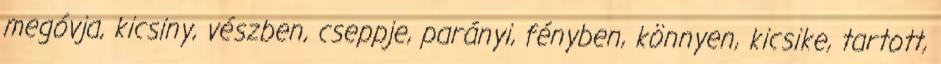
megóvja, kicsiny, vészben, cseppje, parányi, fényben, könnyen, kicsike, tartott,